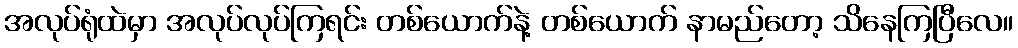
အလုပ်ရုံထဲမှာ အလုပ်လုပ်ကြရင်း တစ်ယောက်နဲ့ တစ်ယောက် နာမည်တော့ သိနေကြပြီလေ။